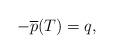
LaTeX: \begin{align*}-\overline{p}(T)=q, \end{align*}